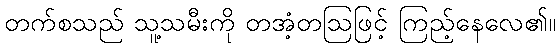
တက်စသည် သူ့သမီးကို တအံ့တဩဖြင့် ကြည့်နေလေ၏။